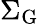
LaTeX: \Sigma_{\mathrm{G}}